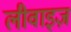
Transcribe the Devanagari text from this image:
लीवाइज़